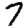
Digit: 7